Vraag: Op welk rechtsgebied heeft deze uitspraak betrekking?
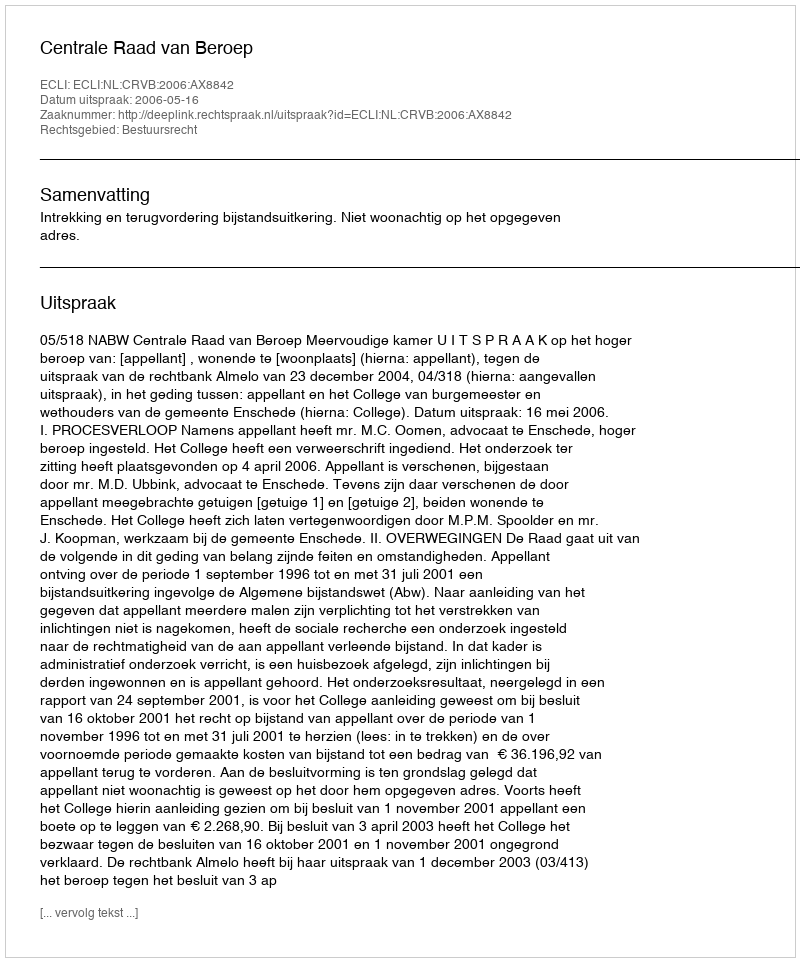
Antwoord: Bestuursrecht